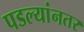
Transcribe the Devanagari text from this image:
पडल्यांनतर